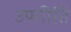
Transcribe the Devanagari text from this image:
उपगीतिं